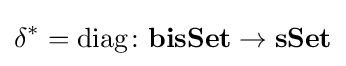
\delta ^{*}=\operatorname {diag} \colon \mathbf {bisSet} \rightarrow \mathbf {sSet}